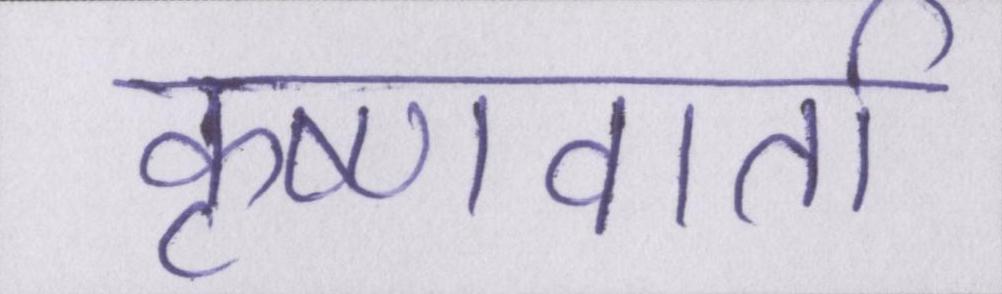
कृष्णवार्ता